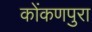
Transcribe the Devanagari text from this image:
कोंकणपुरा